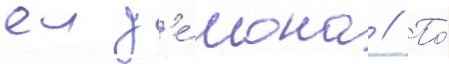
еи д'е́мона // По́